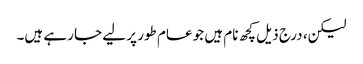
لیکن، درج ذیل کچھ نام ہیں جو عام طور پر لیے جا رہے ہیں۔